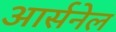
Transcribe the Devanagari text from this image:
आर्सनेल